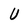
Character: U